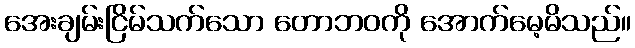
အေးချမ်းငြိမ်သက်သော တောဘဝကို အောက်မေ့မိသည်။